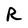
Character: R